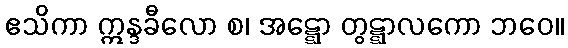
ဧသိကာ ဣန္ဒခီလော စ၊ အဋ္ဋော တွဋ္ဋာလကော ဘဝေ။